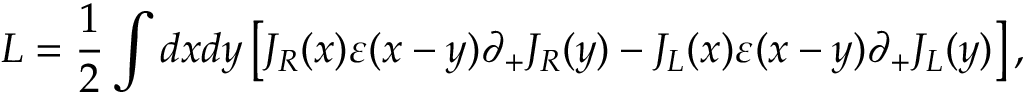
L = \frac { 1 } { 2 } \int d x d y \left[ J _ { R } ( x ) \varepsilon ( x - y ) \partial _ { + } J _ { R } ( y ) - J _ { L } ( x ) \varepsilon ( x - y ) \partial _ { + } J _ { L } ( y ) \right] ,